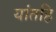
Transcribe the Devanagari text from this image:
यांतहि